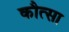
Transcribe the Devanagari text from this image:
कौत्सा